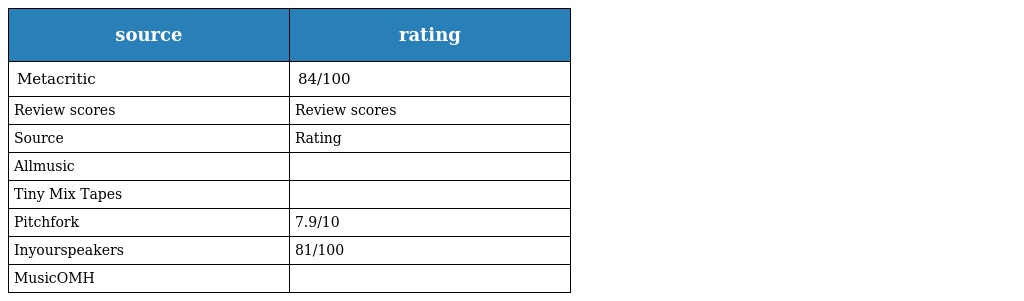
| source | rating |
 | --- | --- |
 | Metacritic | 84/100 |
 | Review scores | Review scores |
 | Source | Rating |
 | Allmusic |  |
 | Tiny Mix Tapes |  |
 | Pitchfork | 7.9/10 |
 | Inyourspeakers | 81/100 |
 | MusicOMH |  |